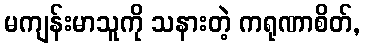
မကျန်းမာသူကို သနားတဲ့ ကရုဏာစိတ်,